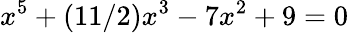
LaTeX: x^{5}+(11/2)x^{3}-7x^{2}+9=0